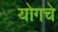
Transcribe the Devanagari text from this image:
योगचे